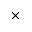
\times